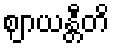
ဈာယန္တီတိ